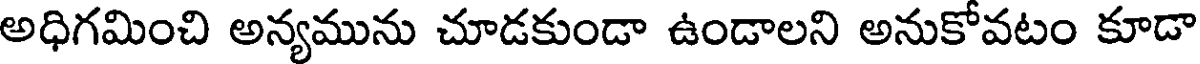
అధిగమించి అన్యమును చూడకుండా ఉండాలని అనుకోవటం కూడా